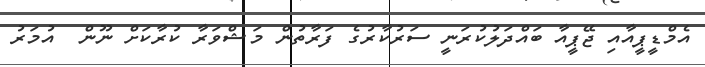
އެމްޑީޕީއާއި ޖޭޕީއާ ބައްދަލުކުރަނީ ސަަރުކާރުގެ ފަރާތުން މަޝްވަރާ ކުރާކަށް ނޫން  އުމަރު